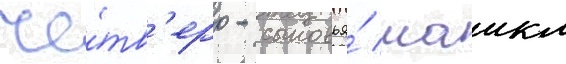
че́тв'еро - сыновья́ маикл